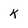
Character: k